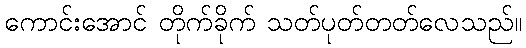
ကောင်းအောင် တိုက်ခိုက် သတ်ပုတ်တတ်လေသည်။